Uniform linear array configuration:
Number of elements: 8
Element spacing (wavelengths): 1
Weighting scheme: uniform
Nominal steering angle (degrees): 15
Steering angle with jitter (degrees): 14.003
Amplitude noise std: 0.05
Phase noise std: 0.05

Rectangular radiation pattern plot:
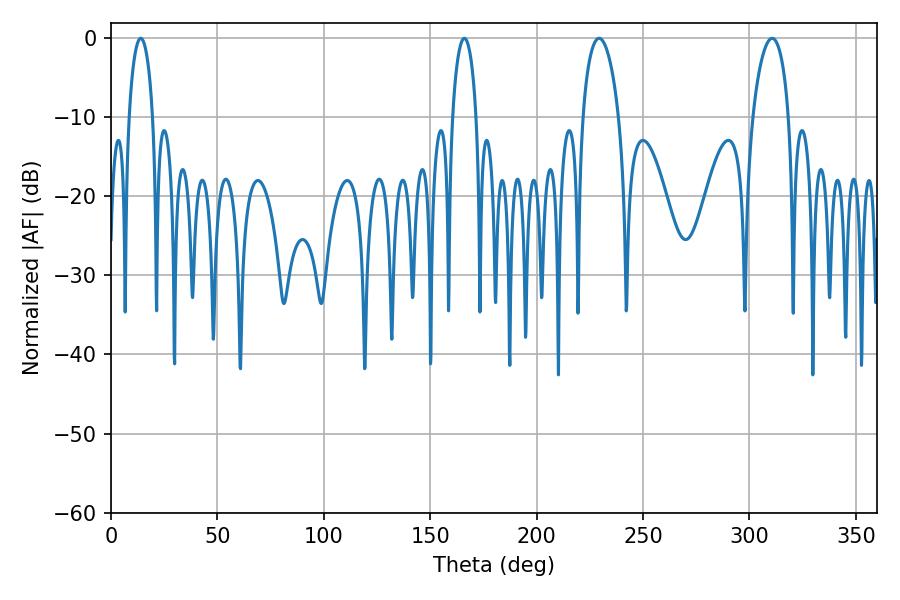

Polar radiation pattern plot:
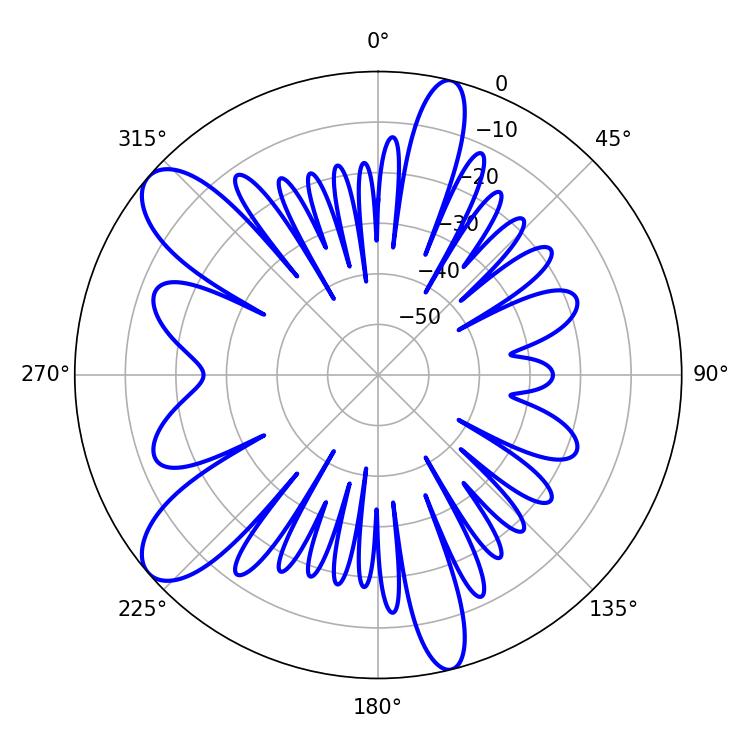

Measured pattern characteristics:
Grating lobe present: TRUE
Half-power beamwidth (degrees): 9.54
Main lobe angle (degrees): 229.32